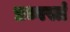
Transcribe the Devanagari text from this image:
प्रध्वस्तं